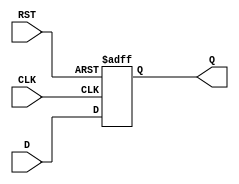
module StageRegister (
    input wire D,       // Data input
    input wire CLK,     // Clock input
    input wire RST,     // Asynchronous reset input
    output reg Q        // Data output
);

// Asynchronous reset and synchronous data capture
always @(posedge CLK or posedge RST) begin
    if (RST) begin
        Q <= 1'b0;      // Reset output to 0
    end else begin
        Q <= D;         // Capture data on clock edge
    end
end

endmodule